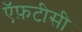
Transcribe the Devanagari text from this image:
ऍफ़टीसी